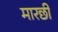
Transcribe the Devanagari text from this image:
मारछी